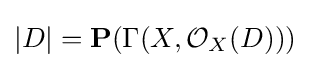
|D|=\mathbf {P} (\Gamma (X,{\mathcal {O}}_{X}(D)))